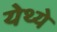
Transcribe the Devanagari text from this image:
येथ्ये